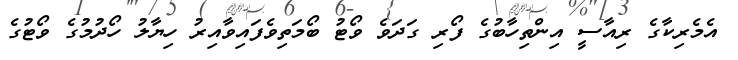
އެމެރިކާގެ ރިއާސީ އިންތިހާބުގެ ފޯރި ގަދަވެ ވޯޓު ބޯމަތިވެފައިވާއިރު ހިޔާލު ހޯދުމުގެ ވޯޓުގެ